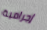
إجرامية